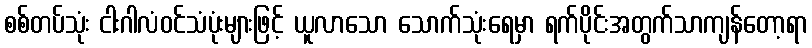
စစ်တပ်သုံး ငါးဂါလံဝင်သံပုံးများဖြင့် ယူလာသော သောက်သုံးရေမှာ ရက်ပိုင်းအတွက်သာကျန်တော့ရာ